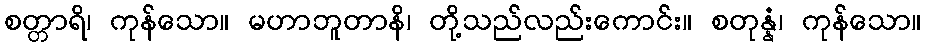
စတ္တာရိ၊ ကုန်သော။ မဟာဘူတာနိ၊ တို့သည်လည်းကောင်း။ စတုန္နံ၊ ကုန်သော။